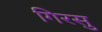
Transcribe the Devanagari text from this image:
गिरसु